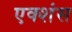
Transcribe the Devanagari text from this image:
एक्शंस